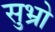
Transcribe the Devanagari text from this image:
सुभ्रो